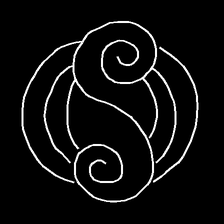
Glyph: wind-underfoot